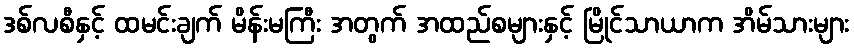
ဒစ်လစီနှင့် ထမင်းချက် မိန်းမကြီး အတွက် အထည်စများနှင့် မြိုင်သာယာက အိမ်သားများ